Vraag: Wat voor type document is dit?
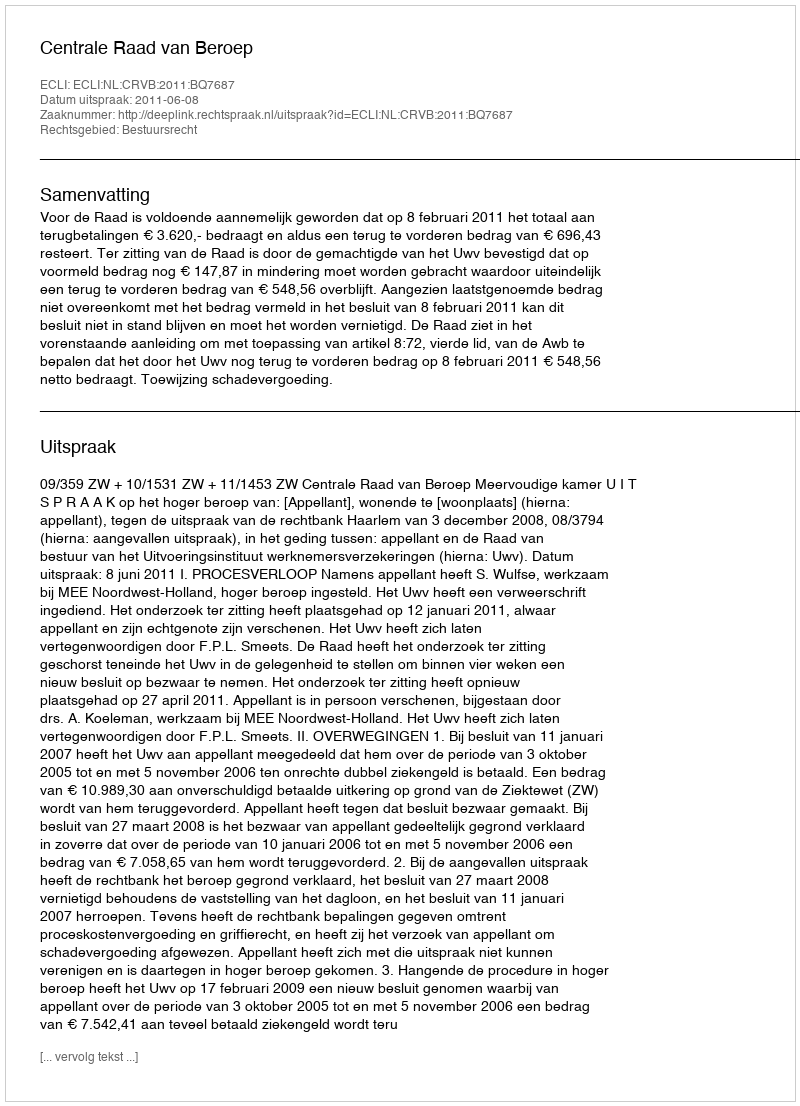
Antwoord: Uitspraak